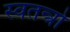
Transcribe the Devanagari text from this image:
स्वतन्त्रो